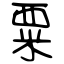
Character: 粟